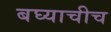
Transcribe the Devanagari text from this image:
बघ्याचीच